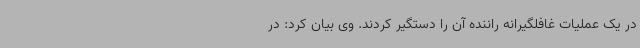
در یک عملیات غافلگیرانه راننده آن را دستگیر کردند. وی بیان کرد: در